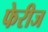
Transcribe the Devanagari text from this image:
फेरीज